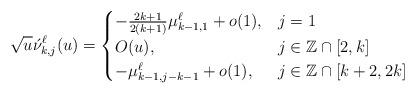
LaTeX: \begin{align*}\sqrt{u}\acute \nu_{k,j}^\ell(u)=\begin{cases}-\frac{2k+1}{2(k+1)}\mu^\ell_{k-1,1}+o(1), & j=1 \\O(u), & j\in\mathbb Z\cap[2,k] \\-\mu^{\ell}_{k-1,j-k-1}+o(1), & j\in\mathbb Z\cap[k+2,2k] \\\end{cases}\end{align*}